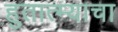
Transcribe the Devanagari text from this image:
हुतात्म्याचा